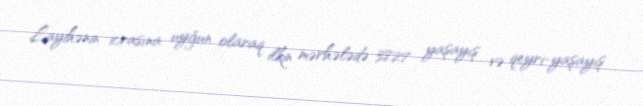
Layihənin icrasına uyğun olaraq ilkin mərhələdə 3827 yaşayış və qeyri-yaşayış